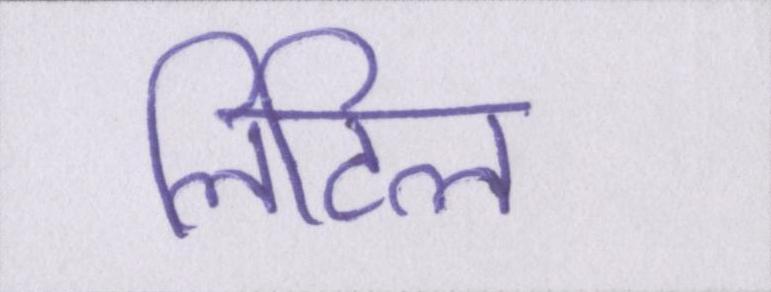
लिटिल